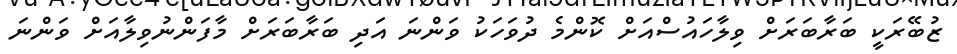
ޒުބޭރަކީ ބަރާބަރަށް ވިލާހައުސްއަށް ކޮންމެ ދުވަހަކު ވަންނަ އަދި ބަރާބަރަށް މާފަންނުވިލާއަށް ވަންނަ